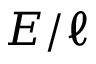
E / \ell